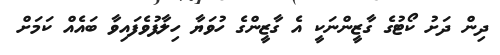
ދިން ދަށު ކޯޓުގެ ގާޒީންނަކީ އެ ގާޒީންގެ ހުވަޔާ ހިލާފުވެފައިވާ ބައެއް ކަމަށް